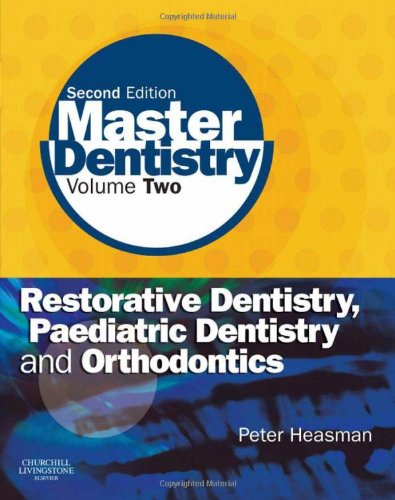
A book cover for Master Dentistry: Volume 2: Restorative Dentistry, Paediatric Dentistry and Orthodontics, 2e; Peter Heasman BDS  MDS  FDSRCPS  PhD  DRDRCS; Medical Books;